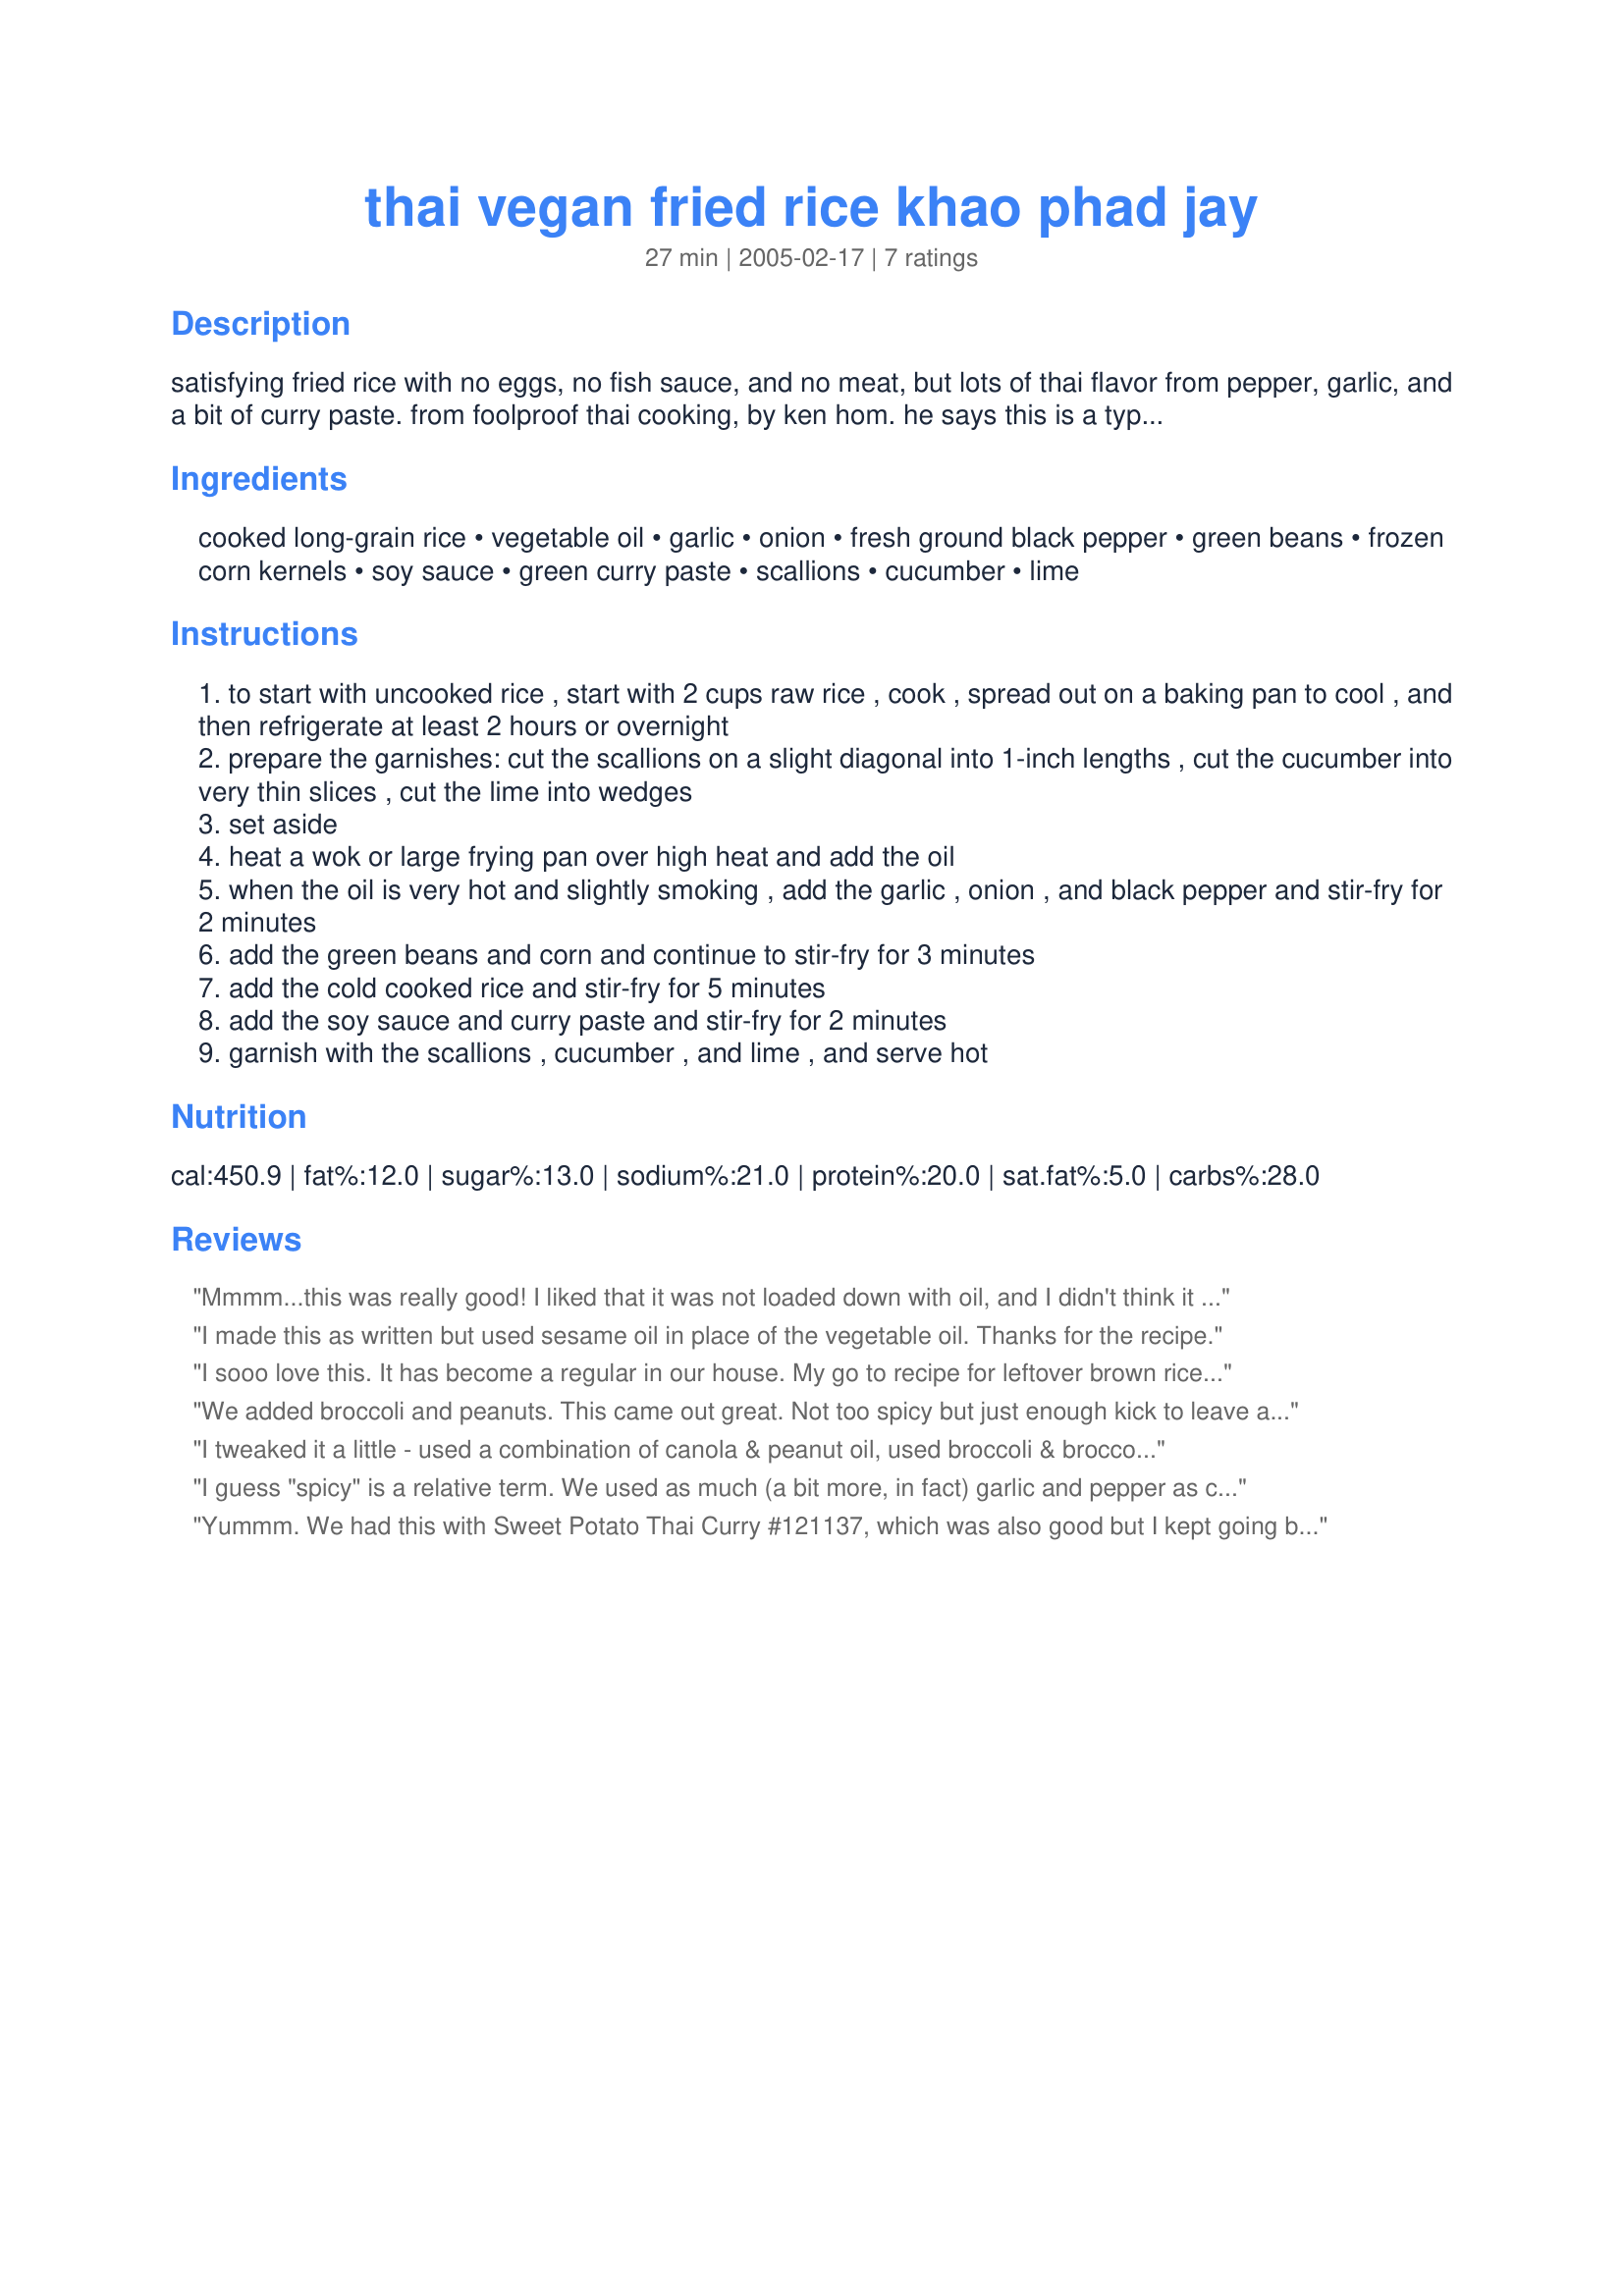
thai vegan fried rice khao phad jay
Preparation time: 27 minutes

satisfying fried rice with no eggs, no fish sauce, and no meat, but lots of thai flavor from pepper, garlic, and a bit of curry paste. from foolproof thai cooking, by ken hom. he says this is a typical dish of a thai buddhist festival in the autumn, which people celebrate by eating only vegetables for a week. this is spicy, and i say this as someone who eats spicy thai and mexican foods on a regular basis. my favorite part of this dish was the black pepper, but it did make it hot. if you do not like spicy, do not make this. if you like spicy but not very hot, you may want to reduce the amounts of black pepper and garlic quite a bit. yes, it says three tablespoons of garlic. yes, that's about two small heads of garlic - not cloves, heads. and if you do like things very spicy (mmm), use the amounts directed and enjoy.

Ingredients:
cooked long-grain rice, vegetable oil, garlic, onion, fresh ground black pepper, green beans, frozen corn kernels, soy sauce, green curry paste, scallions, cucumber, lime

Steps:
to start with uncooked rice , start with 2 cups raw rice , cook , spread out on a baking pan to cool , and then refrigerate at least 2 hours or overnight
prepare the garnishes: cut the scallions on a slight diagonal into 1-inch lengths , cut the cucumber into very thin slices , cut the lime into wedges
set aside
heat a wok or large frying pan over high heat and add the oil
when the oil is very hot and slightly smoking , add the garlic , onion , and black pepper and stir-fry for 2 minutes
add the green beans and corn and continue to stir-fry for 3 minutes
add the cold cooked rice and stir-fry for 5 minutes
add the soy sauce and curry paste and stir-fry for 2 minutes
garnish with the scallions , cucumber , and lime , and serve hot

Reviews:
Mmmm...this was really good! I liked that it was not loaded down with oil, and I didn't think it was too spicy at all. My 10-month old even gobbled it up! And I really liked to cucumbers with this...what a great idea.
I made this as written but used sesame oil in place of the vegetable oil. Thanks for the recipe.
I sooo love this. It has become a regular in our house. My go to recipe for leftover brown rice. I use a farmer's mix of frozen veg (carrot, broccoli, cauliflower, peas) so there is no prep. The only thing I add that in my opinion takes the dish to a whole other level is a generous dose of fresh Thai basil. Heaven in under 15 minutes.
We added broccoli and peanuts. This came out great. Not too spicy but just enough kick to leave a little burning sensation in your mouth. Thanks for the recipe!
I tweaked it a little - used a combination of canola & peanut oil, used broccoli & broccoli slaw & finely chopped carrots in place of the green beans and used red curry paste instead of green. I also tossed some cashews on top. It was GREAT! Made a wonderful one pot dinner and everyone, even my vegan hating daughter, loved it.
I guess "spicy" is a relative term. We used as much (a bit more, in fact) garlic and pepper as called for, and we found it a little on the bland side. Next time, I'll use more of the curry paste and some hot chili oil to give it a bit more of a kick. This was a really tasty dish, though! I added peanuts, carrots, and peas in place of the green beans to get a few more veggies in. If you love spicy food, though, make sure you have some chili sauce on hand to liven this one up!
Yummm. We had this with Sweet Potato Thai Curry #121137, which was also good but I kept going back for more fried rice. I don't think I've had any other kind of fried rice other than the take-out kind with eggs and peas and lots of soy sauce. While I like that kind, this was awesome. Lovely and peppery, which gives this a very unique spiciness and lots of garlicky flavor. We followed the recipe exactly, except using medium-grain brown rice and unrefined peanut oil instead of vegetable oil. I used frozen green beans and corn, which worked very well. I didn't have the cucumber, but we did serve with lime and scallions, which really give this a "Thai" flavor. Delicious and highly recommended.
